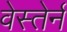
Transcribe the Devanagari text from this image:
वेस्तेर्न